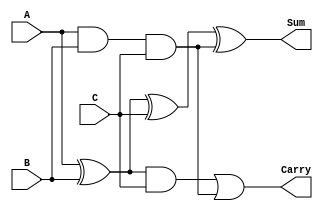
module CarrySaveAdder #(
    parameter N = 8  // Bit-width of the operands
)(
    input  [N-1:0] A,  // First operand
    input  [N-1:0] B,  // Second operand
    input  [N-1:0] C,  // Third operand
    output [N-1:0] Sum, // Final sum output
    output [N-1:0] Carry // Final carry output
);

    wire [N-1:0] partial_sum_AB; // Partial sum of A and B
    wire [N-1:0] partial_carry_AB; // Partial carry of A and B
    wire [N-1:0] partial_sum_AC; // Partial sum of A and C
    wire [N-1:0] partial_carry_AC; // Partial carry of A and C
    wire [N-1:0] partial_sum_BC; // Partial sum of B and C
    wire [N-1:0] partial_carry_BC; // Partial carry of B and C

    // Calculate partial sums and carries for A, B, and C
    assign partial_sum_AB = A ^ B; // A XOR B
    assign partial_carry_AB = A & B; // A AND B

    assign partial_sum_AC = partial_sum_AB ^ C; // (A XOR B) XOR C
    assign partial_carry_AC = partial_sum_AB & C; // (A XOR B) AND C

    assign partial_sum_BC = partial_carry_AB ^ C; // (A AND B) XOR C
    assign partial_carry_BC = partial_carry_AB & C; // (A AND B) AND C

    // Final sum and carry outputs
    assign Sum = partial_sum_AC ^ partial_carry_BC; // Final sum
    assign Carry = partial_carry_AC | partial_carry_BC; // Final carry

endmodule